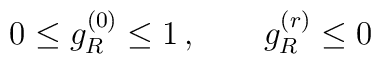
0 \leq g_R^{(0)} \leq 1 \, , \qquad g_R^{(r)} \leq 0